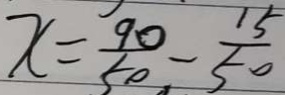
x = \frac { 9 0 } { 5 0 } - \frac { 1 5 } { 5 0 }